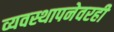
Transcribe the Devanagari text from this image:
व्यवस्थापनेवरही